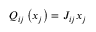
Q _ { i j } \left( x _ { j } \right) = J _ { i j } x _ { j }